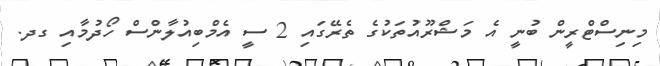
މިނިސްޓްރީން ބުނީ އެ މަޝްރޫއުތަކުގެ ތެރޭގައި 2 ސީ އެމްބިއުލާންސް ހޯދުމާއި ގދ.